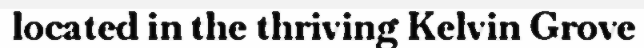
located in the thriving Kelvin Grove